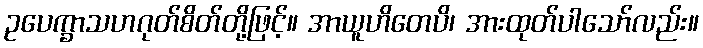
ဥပေက္ခာသဟဂုတ်စိတ်တို့ဖြင့်။ အာယူဟိတေပိ၊ အားထုတ်ပါသော်လည်း။